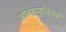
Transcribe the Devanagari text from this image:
आत्मानुचिंतक